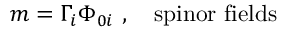
m = \Gamma _ { i } \Phi _ { 0 i } \ , \ \ \ \mathrm { s p i n o r \ f i e l d s }